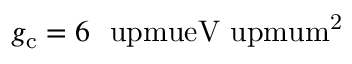
g _ { \mathrm { c } } = 6 ~ \mathrm { \ u p m u e V \ u p m u m ^ { 2 } }